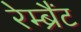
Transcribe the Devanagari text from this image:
रेम्ब्रैंट